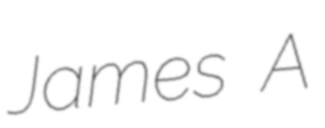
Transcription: James A